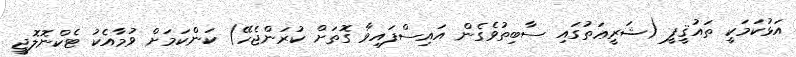
އަޅުކަމަކީ ތައުޤީފީ (ޝަރީޢަތުގައި ސާބިތުވެގެން އައިސްފައިވާ ގޮތަށް ކުރަންޖެހޭ) ކަންކަމަށް ވުމާއެކު ޓެކްނޮލޮޖީ